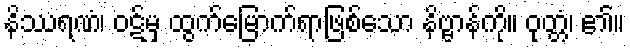
နိဿရဏံ၊ ဝဋ်မှ ထွက်မြောက်ရာဖြစ်သော နိဗ္ဗာန်ကို။ ဝုတ္တံ၊ ၏။